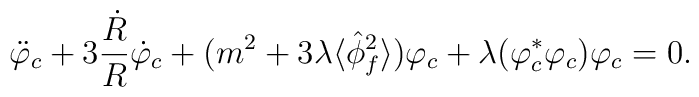
\ddot{\varphi}_c + 3 \frac{\dot{R}}{R} \dot{\varphi}_c+ (m^2 + 3 \lambda \langle \hat{\phi}_f^2 \rangle ) \varphi_c+ \lambda (\varphi_c^* \varphi_c) \varphi_c  = 0.